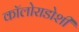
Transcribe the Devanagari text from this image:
कॉलोराडोशी